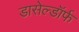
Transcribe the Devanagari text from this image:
डासेल्डॉर्फ